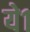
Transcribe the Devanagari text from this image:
ये१